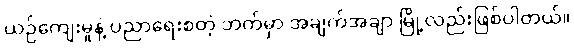
ယဉ်ကျေးမှုနဲ့ ပညာရေးစတဲ့ ဘက်မှာ အချက်အချာ မြို့လည်းဖြစ်ပါတယ်။